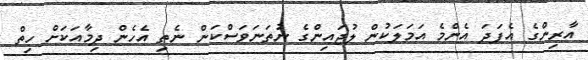
އާރިންގެ އެފަދަ އެންމެ އަމަލަކުން ލުޖައިންގެ ނުތަނަވަސްކަން ނެތި އެހެން ދިމާއަކަށް ހިތް